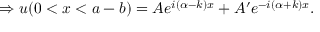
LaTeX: \Rightarrow u ( 0 < x < a - b ) = A e ^ { i ( \alpha - k ) x } + A ^ { \prime } e ^ { - i ( \alpha + k ) x } . \,